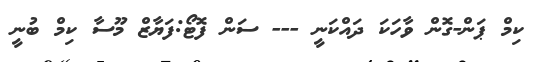
ކިމް ޕަން-ގޮން ވާހަކަ ދައްކަނީ --- ސަން ފޮޓޯ:ފަޔާޒް މޫސާ ކިމް ބުނީ